Indian journal of veterinary science and animal husbandry - Volumes 22-23, 1952-1953
Year: 1952
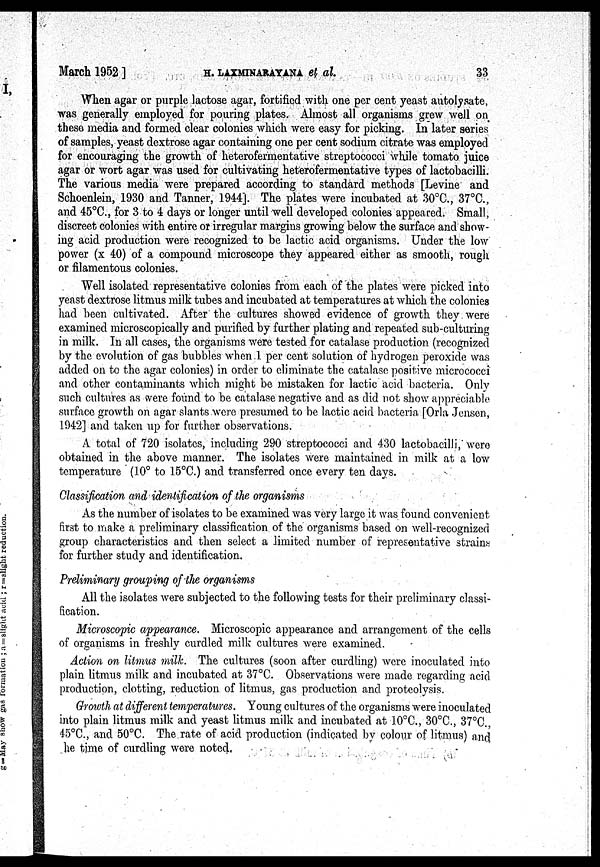
March
1952]
H. LAXMINARAYANA et al.
33
When agar or purple lactose agar, fortified with one per cent yeast autolysate,
was generally employed for pouring plates. Almost all organisms grew well on
these media and formed clear colonies which were easy for picking. In later series
of samples, yeast dextrose agar containing one per cent sodium citrate was employed
for encouraging the growth of heterofermentative streptococci while tomato juice
agar or wort agar was used for cultivating heterofermentative types of lactobacilli.
The various media were prepared according to standard methods [Levine and
Schoenlein, 1930 and Tanner, 1944]. The plates were incubated at 30°C., 37°C.,
and 45°C., for 3 to 4 days or longer until well developed colonies appeared. Small,
discreet colonies with entire or irregular margins growing below the surface and show-
ing acid production were recognized to be lactic acid organisms. Under the low
power (x 40) of a compound microscope they appeared either as smooth, rough
or filamentous colonies.
Well isolated representative colonies from each of the plates were picked into
yeast dextrose litmus milk tubes and incubated at temperatures at which the colonies
had been cultivated. After the cultures showed evidence of growth they were
examined microscopically and purified by further plating and repeated sub-culturing
in milk. In all cases, the organisms were tested for catalase production (recognized
by the evolution of gas bubbles when.1 per cent solution of hydrogen peroxide was
added on to the agar colonies) in order to eliminate the catalase positive micrococci
and other contaminants which might be mistaken for lactic acid bacteria. Only
such cultures as were found to be catalase negative and as did not show appreciable
surface growth on agar slants were presumed to be lactic acid bacteria [Orla Jensen,
1942] and taken up for further observations.
A total of 720 isolates, including 290 streptococci and 430 lactobacilli, were
obtained in the above manner. The isolates were maintained in milk at a low
temperature (10° to 15°C.) and transferred once every ten days.
Classification and identification of the organisms
As the number of isolates to be examined was very large it was found convenient
first to make a preliminary classification of the organisms based on well-recognized
group characteristics and then select a limited number of representative strains
for further study and identification.
Preliminary grouping of the organisms
All the isolates were subjected to the following tests for their preliminary classi-
fication.
Microscopic appearance. Microscopic appearance and arrangement of the cells
of organisms in freshly curdled milk cultures were examined.
Action on litmus milk. The cultures (soon after curdling) were inoculated into
plain litmus milk and incubated at 37°C. Observations were made regarding acid
production, clotting, reduction of litmus, gas production and proteolysis.
Growth at different temperatures. Young cultures of the organisms were inoculated
into plain litmus milk and yeast litmus milk and incubated at 10°C., 30°C., 37°C.,
45°C., and 50°C. The rate of acid production (indicated by colour of litmus) and
he time of curdling were noted. ...